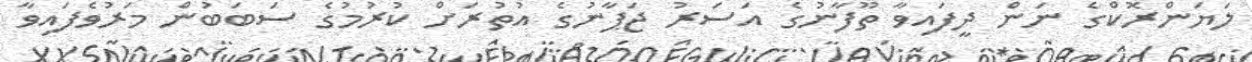
ލަޔަންރޮކްގެ ނަން ދީފައިވާ ތޫފާނުގެ އަސަރު ޖަޕާނުގެ އުތުރަށް ކުރުމުގެ ސަބަބުން މަރުވެފައިވާ